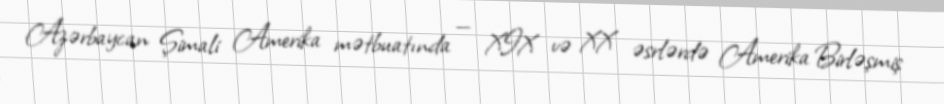
Azərbaycan Şimali Amerika mətbuatında — XIX və XX əsrlərdə Amerika Birləşmiş